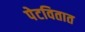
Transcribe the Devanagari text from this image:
पेटवितात